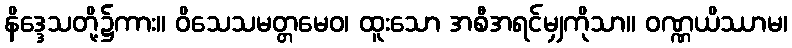
နိဒ္ဒေသတို့၌ကား။ ဝိသေသမတ္တမေဝ၊ ထူးသော အစီအရင်မျှကိုသာ။ ဝဏ္ဏယိဿာမ၊